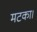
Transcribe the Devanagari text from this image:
मटका।